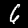
Label: 6